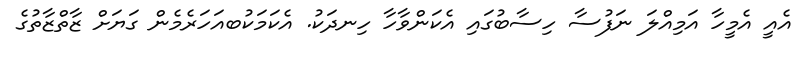
އެއީ އެމީހާ އަމިއްލަ ނަފުސާ ހިސާބުގައި އެކަންވާހާ ހިނދަކު. އެކަމަކުބއަހަރެމެން ގަޔަށް ޒާތްޒާތުގެ